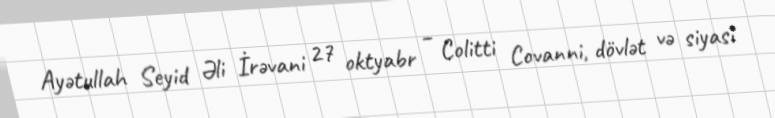
Ayətullah Seyid Əli İrəvani 27 oktyabr – Colitti Covanni, dövlət və siyasi